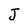
Character: J